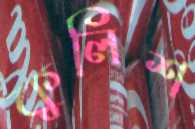
কুলিশ